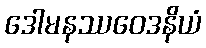
ဒေါမနဿဝေဒနိယံ